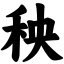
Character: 秧